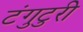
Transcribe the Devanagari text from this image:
टंगुटुरी